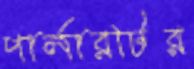
পার্লারটির